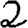
Digit: 2